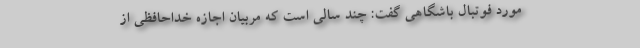
مورد فوتبال باشگاهی گفت: چند سالی است که مربیان اجازه خداحافظی از